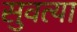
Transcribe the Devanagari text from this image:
सुवत्या